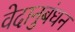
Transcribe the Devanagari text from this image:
वेदानुबंधन